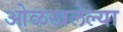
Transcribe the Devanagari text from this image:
ओळखलेल्या